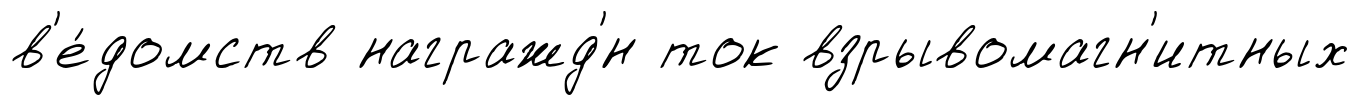
в'е́домств награжд'́н ток взрывомагн'итных